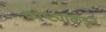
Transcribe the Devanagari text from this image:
कोष्ट्याकडून